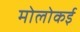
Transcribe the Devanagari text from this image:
मोलोकई